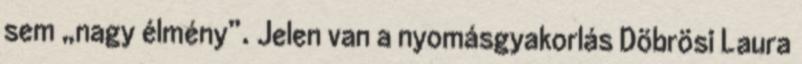
sem „nagy élmény”. Jelen van a nyomásgyakorlás Döbrösi Laura